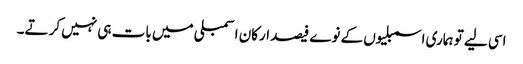
اسی لیے تو ہماری اسمبلیوں کے نوے فیصد ارکان اسمبلی میں بات ہی نہیں کرتے۔